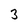
Character: 3